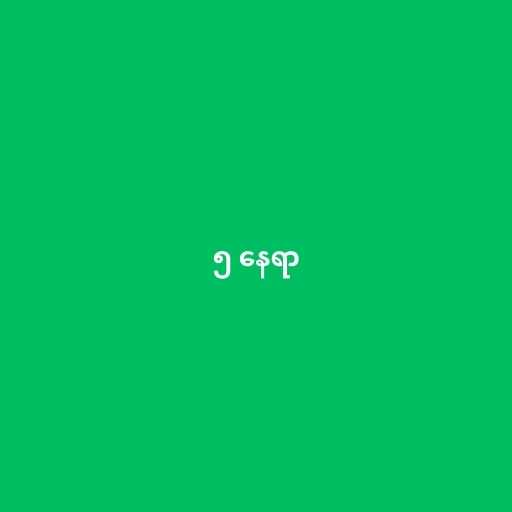
၅ နေရာ